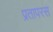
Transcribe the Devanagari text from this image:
प्रतापरस